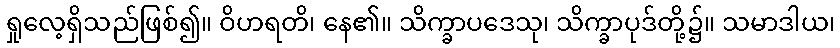
ရှုလေ့ရှိသည်ဖြစ်၍။ ဝိဟရတိ၊ နေ၏။ သိက္ခာပဒေသု၊ သိက္ခာပုဒ်တို့၌။ သမာဒါယ၊